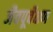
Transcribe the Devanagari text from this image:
जैवपूर्वेक्षण